Kiideva_(Sinalepa)_vallavalitsus, lk 43
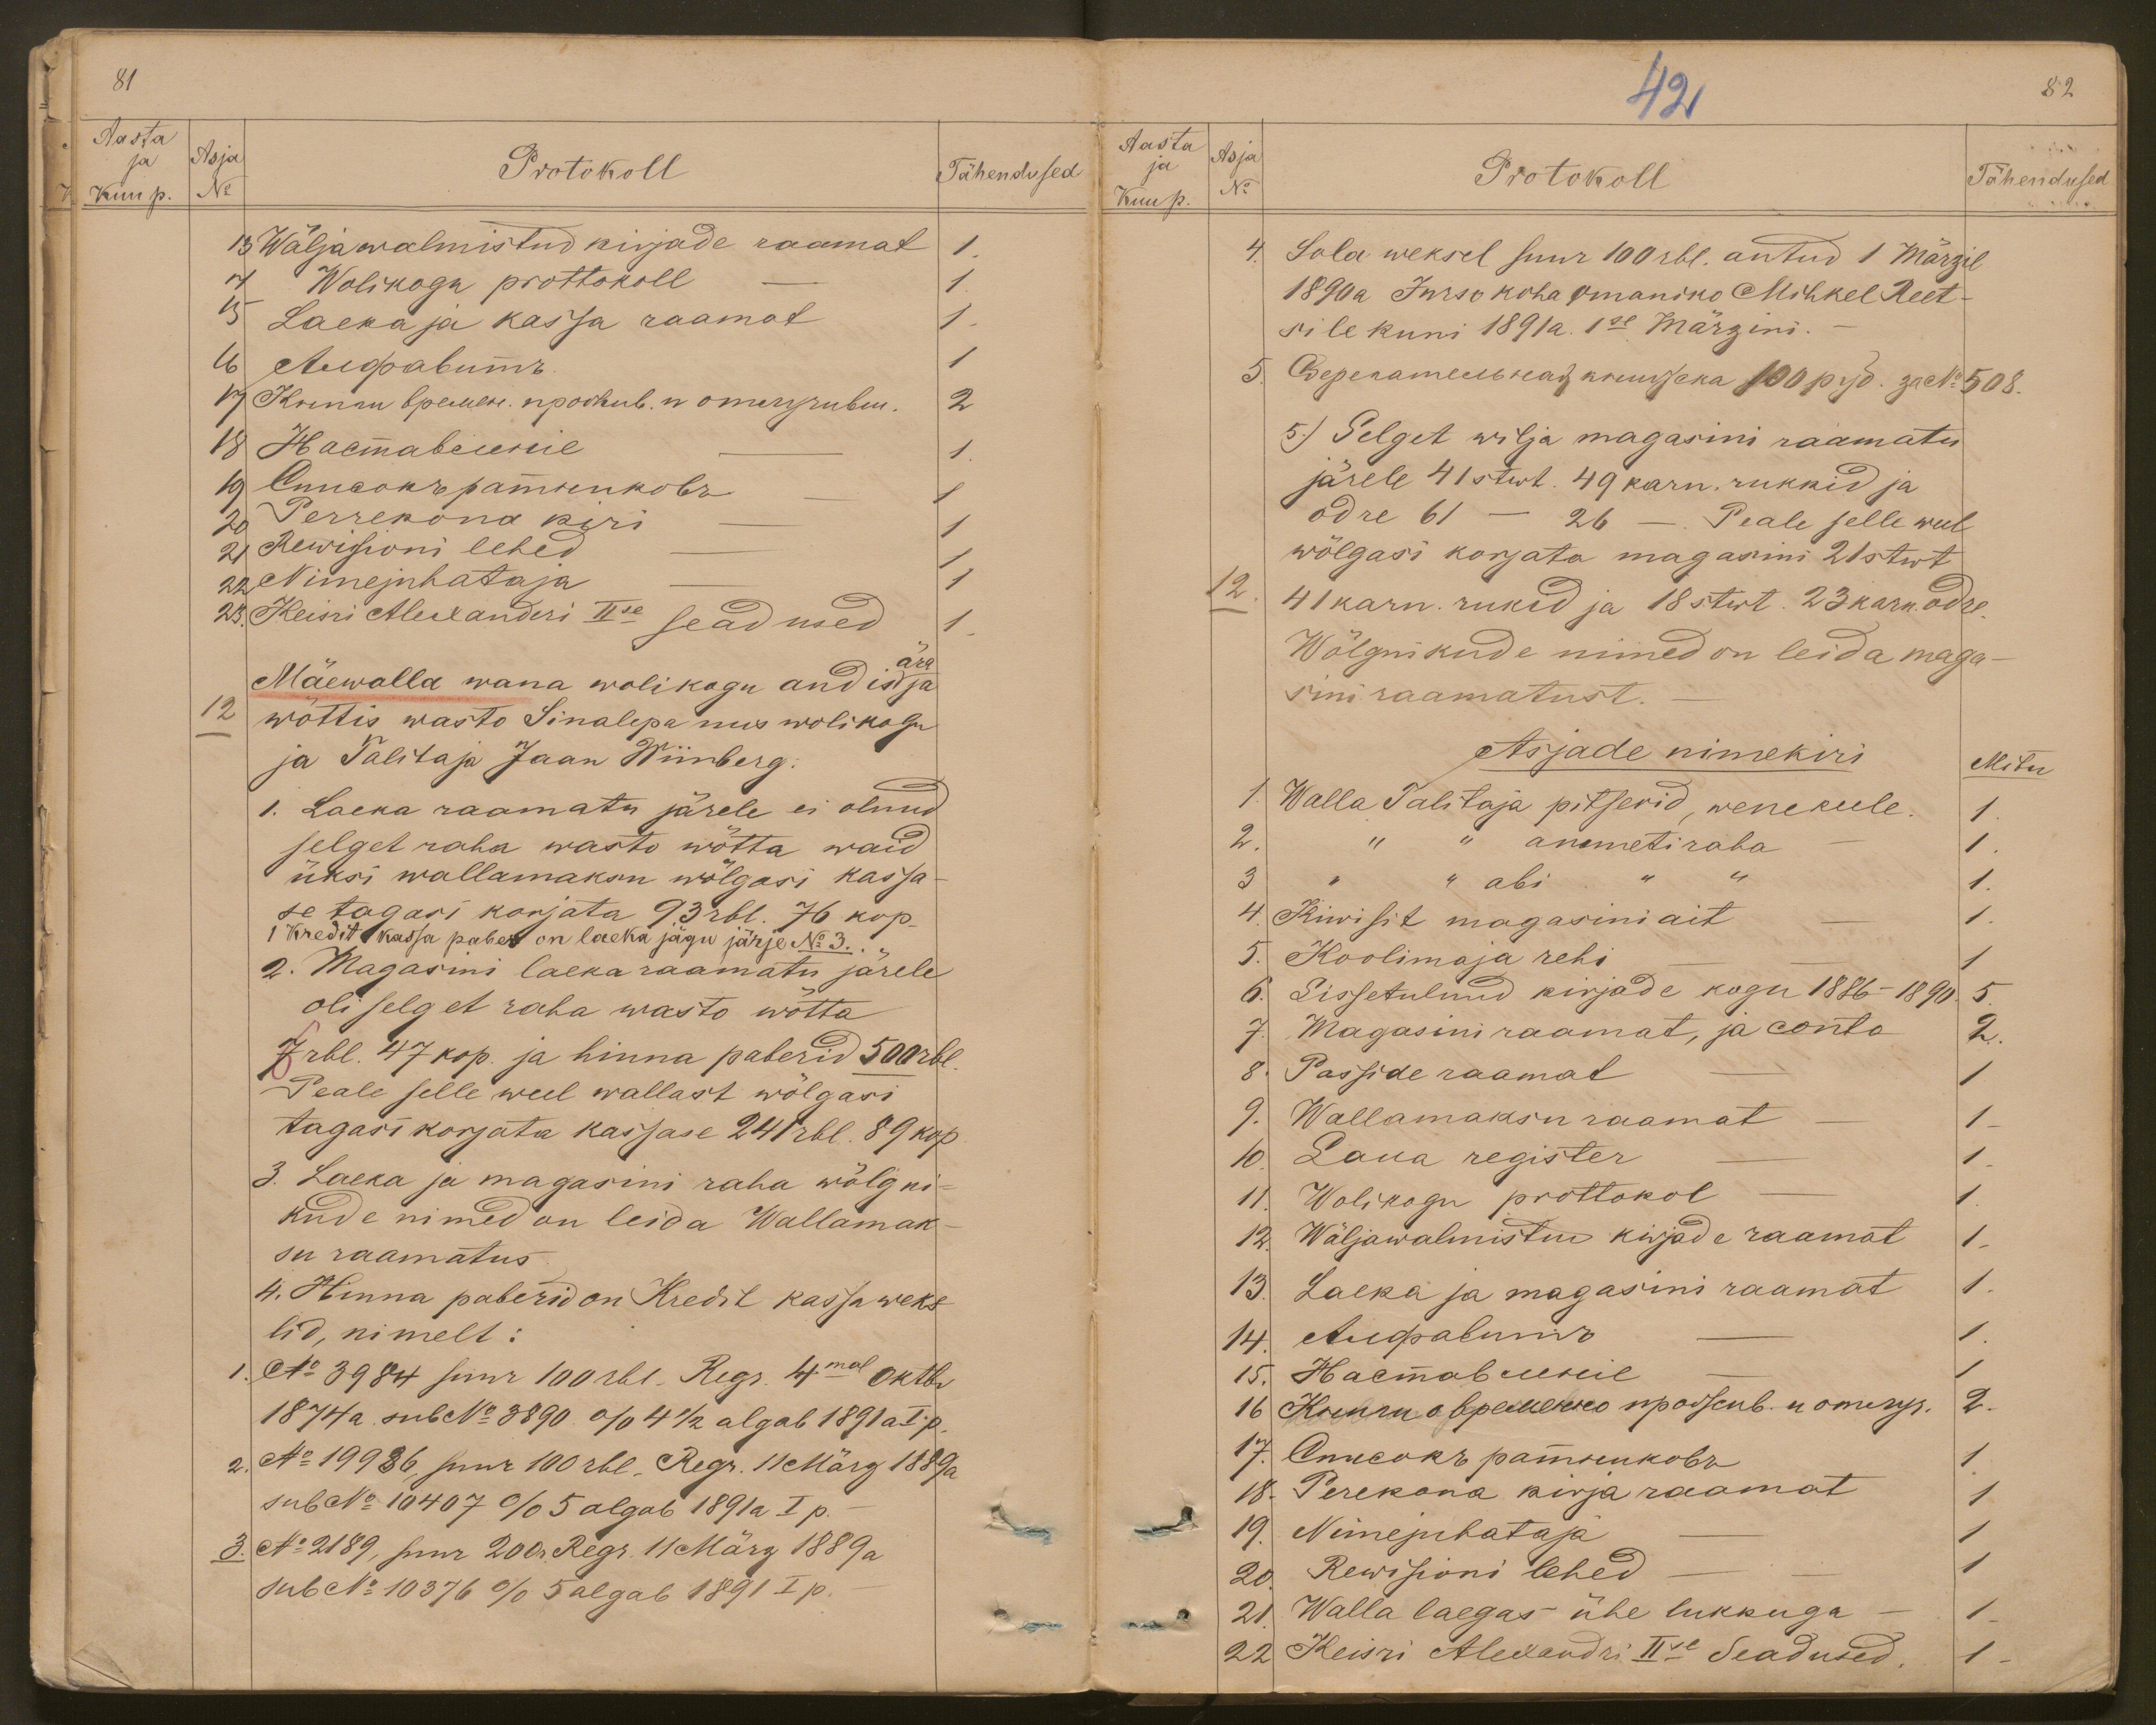
81
Aasta
ja
Asja
Protokoll
Kuu p.
No
Tähendused
13 Wäljawalmistud kirjade raamat 1
4 Wolikogu protokoll - 1
3 Laeka ja kassa raamat
1
1
1.
1
20 Perrekona kiri
1
21 Rewisioni lehed
1
22 Nimejuhataja
1,
23. Keisri Alexanderi IIse seadused
1
Mäewalla wana wolikogu andis ära ja
12
wõttis wasto Sinalepa mis wolikogu
ja Talitaja Jaan Wiinberg:
1. Laeka raamatu järele ei olnud
selget raha wasto wõtta waid
üksi wallamaksu wõlgasi kassa-
se tagasi korjata 93 rbl. 76 kop.
1 Kredit kassa paber on laeka jagu järje No 3.
2. Magasini laeka raamatu järele
oli selget raha wasto wõtta.
7 rbl. 47 kop. ja hinna paberid 500 rbl.
Peale selle weel wallast wõlgasi
tagasi korjata kassase 241 rbl. 89 kop.
3. Laeka ja magasini raha wõlgni-
kude nimed on leida Wallamak-
su raamatus.
4. Hinna paberid on Kredit kassa weks-
lid, nimelt:
1. No 3984 suur 100 rbl. Regr. 4mal Oktbr
1874 a. sub No 3890. % 4 1/2 algab 1891 a. I p.
2. No 19986, suur 100 rbl. Regr. 11 März 1889 a.
sub No 10407 % 5 algab 1891a I p.
3. No 2 189, suur 200 r. Regr. 11 März 1889 a.
sub No 10376 % 5 algab 1891 I p.

42
82
Aasta
Asja
ja
Kuup. No
Protokoll
Tähendused
4. Sola weksel suur 100 rbl. antud 1 Märzil
1890 a. Jurso koha omaniko Mihkel Reet-
sile kuni 1891 a. 1se Märzini.
5) Selget wilja magasini raamatu
järele 41 stwt. 49 karn. rukkid ja
odre 61 - 26 -. Peale selle weel
wõlgasi korjata magasini 21 stwt
12
41 karn. rukid ja 18 stwt. 23 karn. odre.
Wõlgnikude nimed on leida maga-
sini raamatust.
Asjade nimekiri
Mitu
1. Walla Talitaja pitserid, wenekeele. 1
2
" " ammetiraha
1.
3 " " abi " " 1
4. Kiwist magasiniait - 1.
5. Koolimaja rehi
1
6. Sissetulnud kirjade kogu 1886-1890.  5
7. Magasini raamat ja conto 2
8. Passide raamat
1
9. Wallamaksu raamat
1
10. Laua register
1.
11 Wolikogu prottokol
1
12. Wäljawalmistud kirjade raamat 1
13. Laeka ja magasini raamat
1.
1.
1
2.
1
18. Perekona kirja raamat
1
19. Nimejuhataja
1
20 Rewisioni lehed
1
21. Walla laegas ühe lukkuga
1
22 Keisri Alexandri IIse Seadused
1